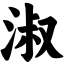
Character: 淑